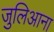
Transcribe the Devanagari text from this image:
जुलिआना